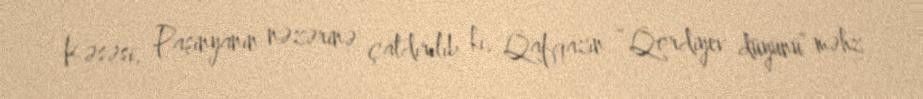
Kəsəsi, Paşinyanın nəzərinə çatdırılıb ki, Qafqazın “Qordiyev düyünü” məhz